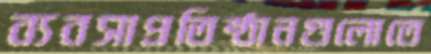
ব্যবসাপ্রতিষ্ঠানগুলোতে